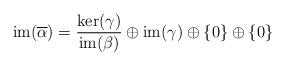
LaTeX: \begin{align*} \operatorname{im}(\overline{\alpha})=\frac{\operatorname{ker(\gamma)}}{\operatorname{im}(\beta)} \oplus \operatorname{im}(\gamma) \oplus \{0\} \oplus \{0\}\end{align*}